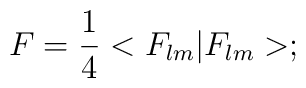
F = \frac{1}{4} <F_{lm}|F_{lm}>;